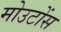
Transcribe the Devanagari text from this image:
मोउटोंस